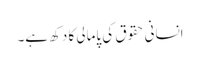
انسانی حقوق کی پامالی کا دکھ ہے۔